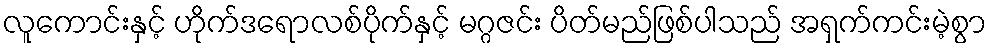
လူကောင်းနှင့် ဟိုက်ဒရောလစ်ပိုက်နှင့် မဂ္ဂဇင်း ပိတ်မည်ဖြစ်ပါသည် အရှက်ကင်းမဲ့စွာ